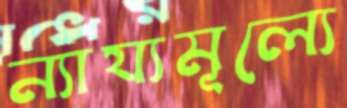
ন্যায্যমূল্যে